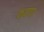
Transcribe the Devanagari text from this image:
कवणा